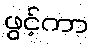
ဖွင့်ကာ